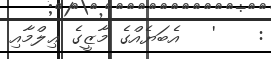
:    '   އެބަޔެއްގެ މާޒީގެ ޢިލްމާއި